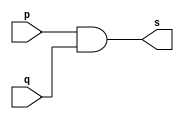
// -------------------------
// Exemplo0014 - AND 
// Nome: Andr Henriques Fernandes 
// ------------------------- 
 
// ------------------------- 
// -- and gate 
// ------------------------- 
module andgate ( output s, input  p, input  q); 
 
 assign s = p & q;
  
endmodule // andgate 
 
// --------------------- 
// -- test and gate 
// --------------------- 
module testandgate; 
// ------------------------- dados locais 
   reg   a, b, c; // definir registradores 
   wire  s, s1;    // definir conexao (fio) 
// ------------------------- instancia 
   andgate AND1 (s1, a, b);                       // DEFINIR EM OUTRO MODULO
	andgate AND2 (s, s1, c);
// ------------------------- preparacao 
   initial begin:start 
                   // atribuicao simultanea 
                   // dos valores iniciais 
      a=0; b=0; c=0;
   end 
  
// ------------------------- parte principal 
 
   initial begin 
      $display("Exemplo0014 - Andre Henriques Fernandes - 427386"); 
      $display("Test AND gate"); 
      $display("\na & b = s1\n");
		$display("s1 & c = s\n");
		$monitor("%b & %b & %b = %b", a, b, c, s); 
      a=0; b=0; c=0;
  #1  a=0; b=0; c=1;
  #1  a=0; b=1; c=0;
  #1  a=0; b=1; c=1;
  #1  a=1; b=0; c=0;
  #1  a=1; b=0; c=1;
  #1  a=1; b=1; c=0;
  #1  a=1; b=1; c=1;
 end 
 
endmodule // testandgate